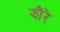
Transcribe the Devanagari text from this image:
झौरे